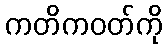
ကတိကဝတ်ကို